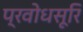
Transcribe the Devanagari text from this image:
प्रवोधसूरि